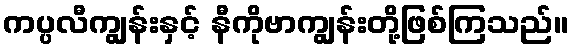
ကပ္ပလီကျွန်းနှင့် နီကိုဗာကျွန်းတို့ဖြစ်ကြသည်။